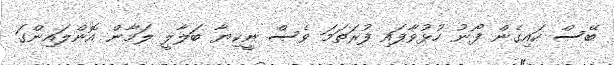
ބޭސް ކައިގެން ފޯނު ހުޅުވާފައި ފުރަތަަމަ ވެސް ނީކިޔާ ބަލާލީ ލަމާން އޮންލައިންގަ